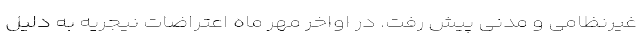
غیرنظامی و مدنی پیش رفت. در اواخر مهر ماه اعتراضات نیجریه به دلیل